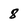
Character: 8